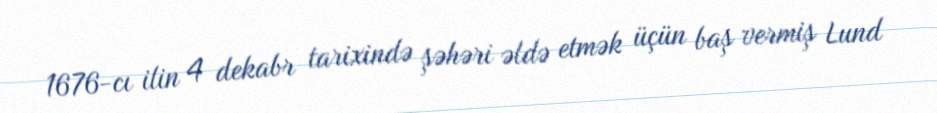
1676-cı ilin 4 dekabr tarixində şəhəri əldə etmək üçün baş vermiş Lund